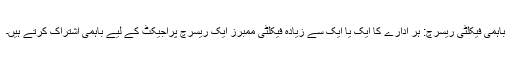
باہمی فیکلٹی ریسرچ: ہر ادارے کا ایک یا ایک سے زیادہ فیکلٹی ممبرز ایک ریسرچ پراجیکٹ کے لیے باہمی اشتراک کرتے ہیں۔